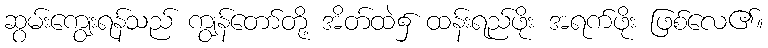
ဆွမ်းကျွေးရန်သည် ကျွန်တော်တို့ အိတ်ထဲ၌ ထန်းရည်ဖိုး အရက်ဖိုး ဖြစ်လေ၏။